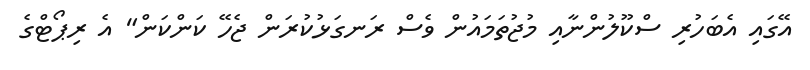
އޭގައި އެބަހުރި ސްކޫލުންނާއި މުޖުތަމައުން ވެސް ރަނގަޅުކުރަން ޖެހޭ ކަންކަން" އެ ރިޕޯޓްގެ